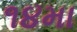
૧૪મા